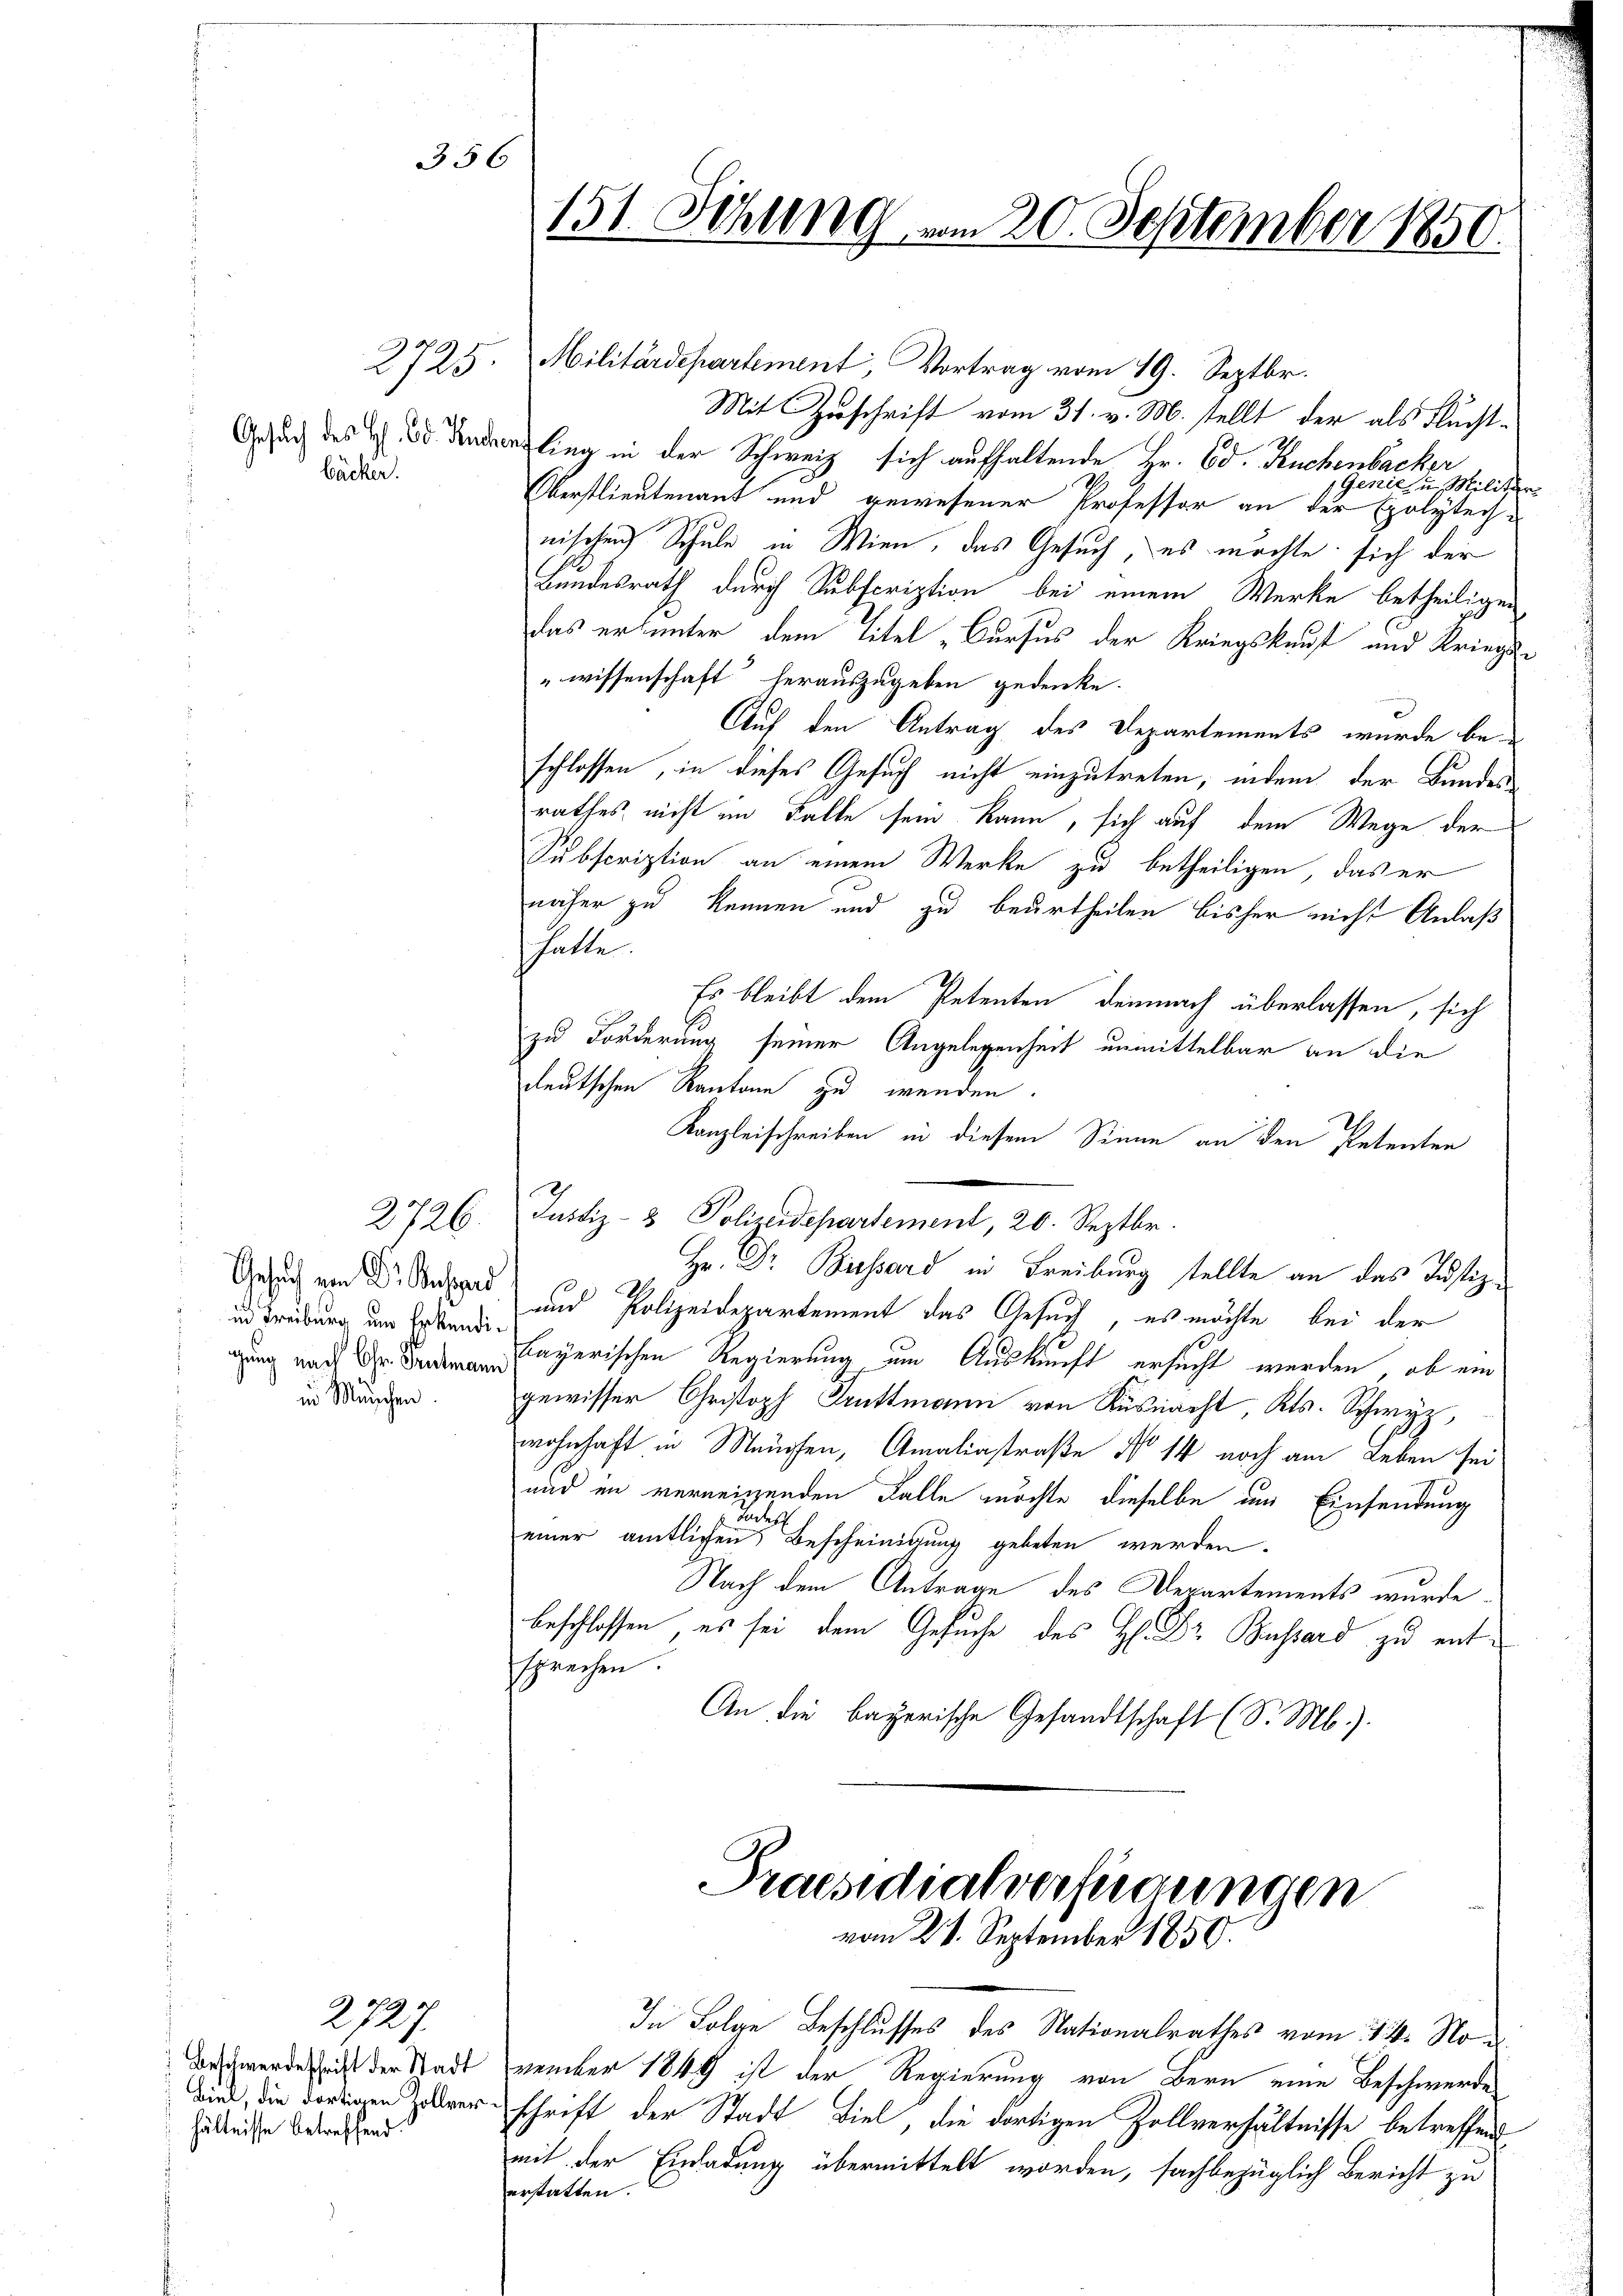
Bäcker.

Gesuch von Dr. Busend
in Freiburg um Erkendigung nach Chr. Teutmann
in Münschen.

2727
Beschwerdeschritt der Stadt
hältnisse betreffend.

2725.

2726.

356

151. Sezung am 20. September 1850.

Militärdepartement, Vortrag vom 19. Septbr.
Mit Zuschrift vom 31. v. M. stellt der als Flucht¬
Gesuch des H. Dr Forderling in der Schweiz sich aufhaltende Hr. Ed. Kuchenbäcker
Ger.
n Militär
Oberstlieutenant und gewesener Professor an der Epolytechnischen Schule in Wien, das Gesuch, es möchte sich der
Bundesrath durch Subscription bei einem Werke betheiligen
das ersunter dem Titel „Cursus der Kriegskauf und Kriegen
wissenschaft“ herauszugeben gedenke.
Auf den Antrag des Departements wurde be-
schlossen, in dieses Gesuch nicht einzutreten, indem der Bundes
rathes nicht im Falle sein kann, sich auf dem Wege der
Subscription an einem Werke zu betheiligen, das er
näher zu kennen und zu beurtheilen bisher nicht Anlaß
hatte.
Es bleibt dem Petenten demnach überlassen, sich
zu Forderung seiner Angelegenheit unmittelbar an die
deutschen Kantone zu wenden.
Kanzleischreiben in diesem Sinne an den Petenten
Justiz- & Polizeidepartement, 20. Septbr.
Hr. Dr. Bissard in Freiburg stellte an das Justiz¬
A
und Polizeidepartement das Gesuch, es möchte bei der
bayerischen Regierung um Auskunft ersucht werden, ob ein
gewisser Christoph Truttmann von Küsnach, Kts. Schwyz,
wohnhaft in Meuchen, Amaliastraße No 14 noch am Leben sei
und im verneigenden Falle möchte dieselbe um Einsendung
Ruches
einer amtlichen Bescheinigung gebeten werden.
Nach dem Antrage des Departements wurde
beschlossen, es sei dem Gesuche des H. Dr Bossard zu entsprechen.
An die bayerische Gesandtschaft (S. Mb.).

Praesidialverfügungen
vom 21. September 1850.

In Folge Beschlusses des Nationalrathes vom 14. No u.
vember 1849 ist der Regierung von Bern eine Beschwerde
Dird, die dortigen Zollverschrift der Stadt Biel, die dortigen Zollverhältnisse betreffend
mit der Einladung übermittelt worden, sachbezüglich Bericht zu
erstatten.